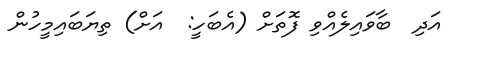
އަދި  ބާވައިލެއްވި ފޮތަށް (އެބަހީ:  އަށް) ތިޔަބައިމީހުން